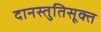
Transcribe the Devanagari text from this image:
दानस्तुतिसूक्त